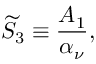
{ \widetilde S } _ { 3 } \equiv { \frac { A _ { 1 } } { \alpha _ { \nu } } } ,